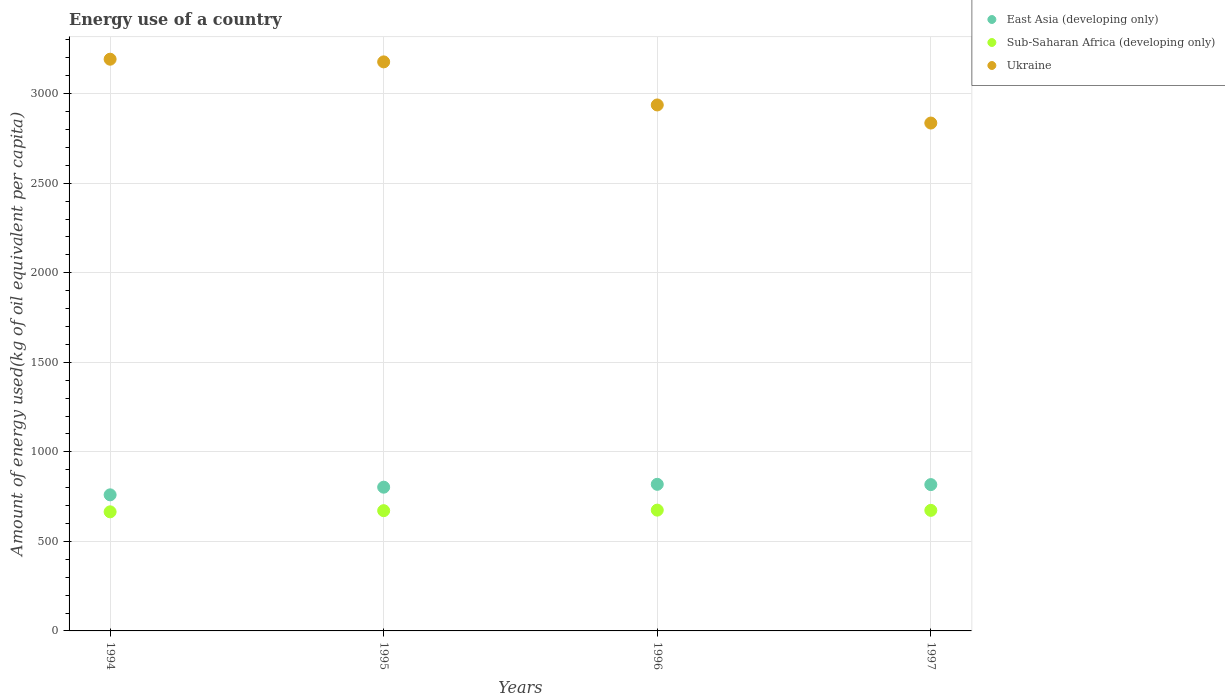
| Years | East Asia (developing only) | Sub-Saharan Africa (developing only) | Ukraine |
 | --- | --- | --- | --- |
 | 1994 | 760 | 665 | 3.19e+03 |
 | 1995 | 803 | 672 | 3.18e+03 |
 | 1996 | 819 | 675 | 2.94e+03 |
 | 1997 | 817 | 673 | 2.84e+03 |